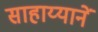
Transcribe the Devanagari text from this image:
साहाय्यानें